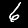
Digit: 6